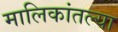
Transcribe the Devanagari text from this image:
मालिकांतल्या